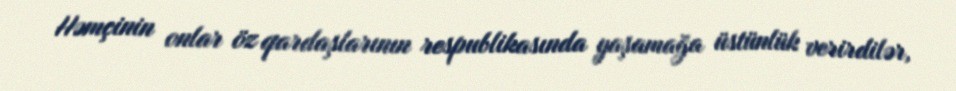
Həmçinin onlar öz qardaşlarının respublikasında yaşamağa üstünlük verirdilər,